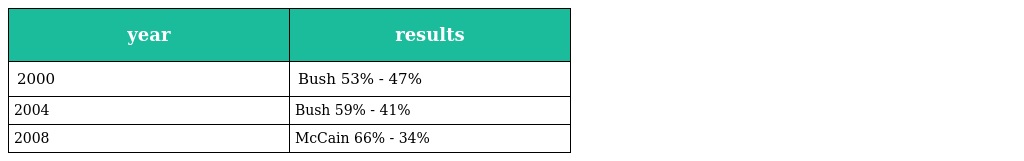
| year | results |
 | --- | --- |
 | 2000 | Bush 53% - 47% |
 | 2004 | Bush 59% - 41% |
 | 2008 | McCain 66% - 34% |